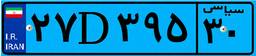
۲۷D۳۹۵۳۰